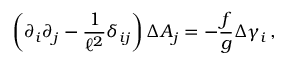
\left( \partial _ { i } \partial _ { j } - \frac { 1 } { \ell ^ { 2 } } \delta _ { i j } \right) \Delta A _ { j } = - \frac { f } { g } \Delta \gamma _ { i } \, ,